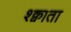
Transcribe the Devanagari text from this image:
श्क्वाता